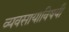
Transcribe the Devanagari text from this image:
व्यवसायाविषयी